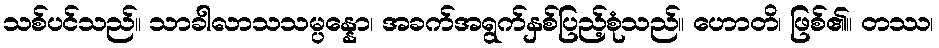
သစ်ပင်သည်။ သာခါလာသသမ္ပန္နော၊ အခက်အရွက်နှစ်ပြည့်စုံသည်။ ဟောတိ၊ ဖြစ်၏။ တဿ၊